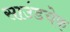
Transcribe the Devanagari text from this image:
साउंडचेक